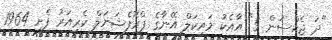
"ދަ ޖެކްސަން 5" އާއެކު މައިކަލް އޭނާގެ ޕްރޮފެޝަނަލް ކެރިއަރު ފެށީ 1964